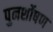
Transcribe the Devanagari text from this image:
पुनर्शोषण